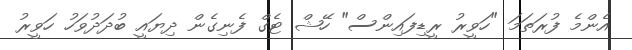
އެންމެ ފުރަތަމަ "ހަވީރު ރީޑިފައިންސް" ހޭޝް ޓެގް ފެނިގެން ދިޔައީ ބުދަދުވަހު ހަވީރު